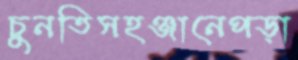
চুনতিসহঞ্জানেপড়া